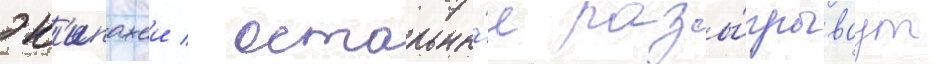
эк'ипажеи / остальны́е разы́грываут